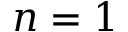
n = 1